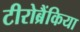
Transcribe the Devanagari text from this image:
टीरोब्रैंकिया